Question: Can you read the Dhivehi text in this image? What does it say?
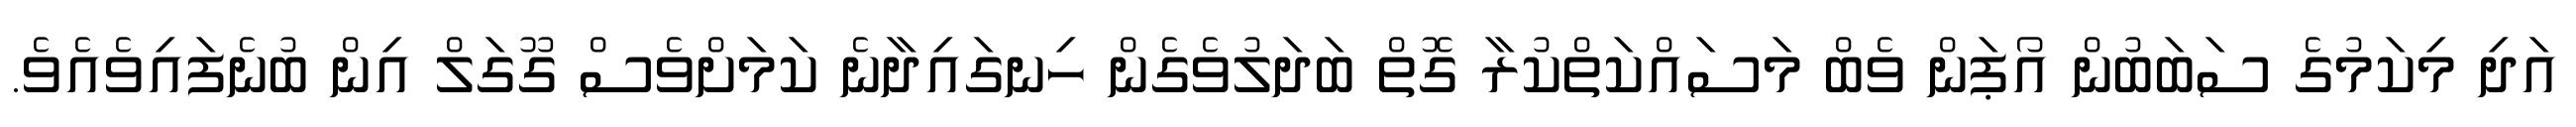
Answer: އަދި މިކަމުގެ ސަބަބުން އޯޕަން ވެބް މަސައްކަތްކުރާ ގޮތް ބަދަލުވެގެން ހިނގައިދާނެ ކަމަށްވެސް ގޫގަލް އިން ބުނެފައިވެއެވެ.